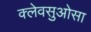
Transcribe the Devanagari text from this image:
क्लेवसुओसा